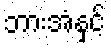
ဘားအံနှင့်